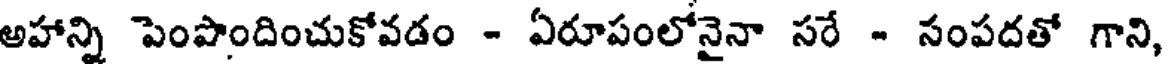
అహాన్ని పెంపొందించుకోవడం - ఏరూపంలోనైనా సరే - సంపదతో గాని,